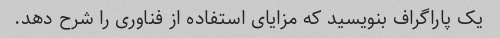
یک پاراگراف بنویسید که مزایای استفاده از فناوری را شرح دهد.